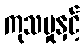
ကုသမှုနှင့်